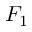
F _ { 1 }